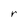
Character: r